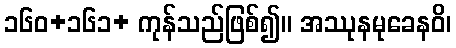
၁၆၀+၁၆၁+ ကုန်သည်ဖြစ်၍။ အဿုနမုခေနဝိ၊